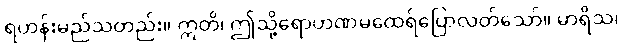
ရဟန်းမည်သတည်း။ ဣတိ၊ ဤသို့ရောဟဏမထေရ်ပြောလတ်သော်။ မာရိသ၊